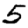
Digit: 5